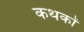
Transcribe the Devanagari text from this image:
कथकों